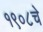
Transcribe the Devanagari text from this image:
१९०८चे